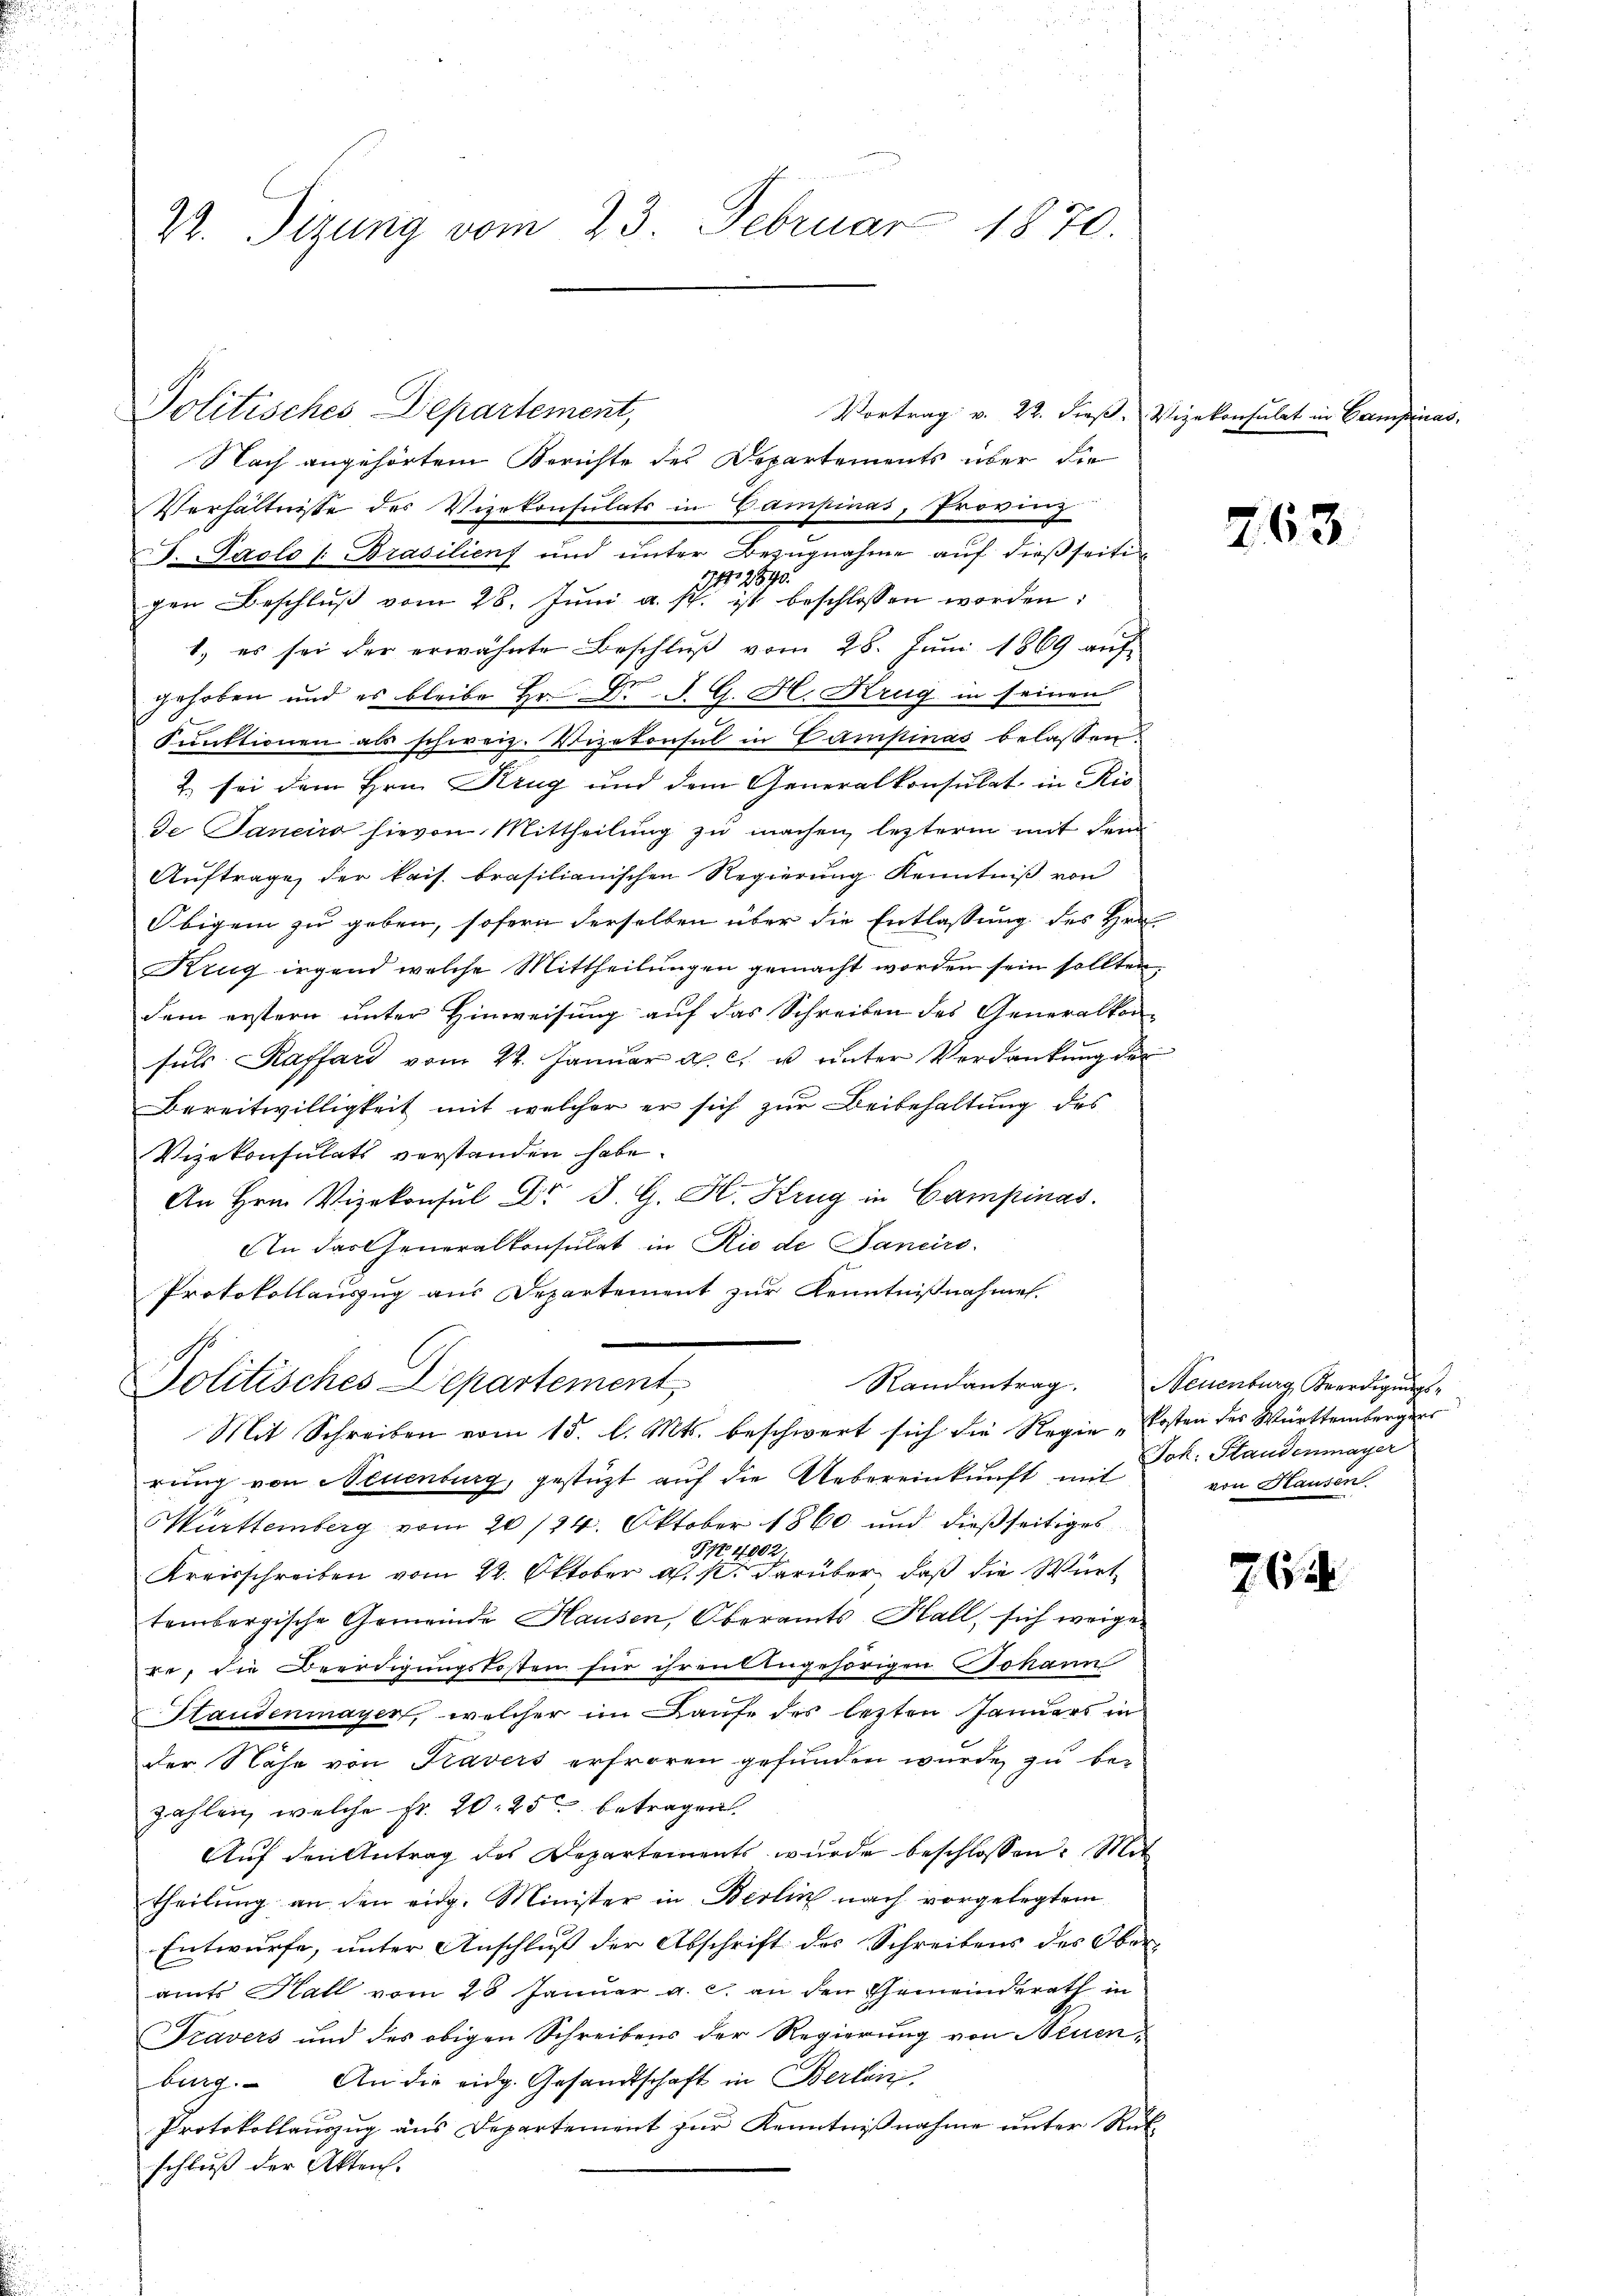
u

22. Tizung vom 23. Februar 1870.

Politisches Departement,
Vortrag v. 22. dieß, Vizekonsulat in Campinas,

Nach angehörtem Berichte des Departements über die
Verhältnisse des Vizekonsulats in Campinas, Provinz
F. Paolo /: Brasilienf und unter Bezŭgnahme auf dießseitig
No. 2890.
gen Beschlŭβ vom 28. Jŭni a. s. ist beschlossen worden:
1. es sei der erwähnte Beschlŭβ vom 28. Jŭni 1869 aŭf
gehoben und es bleibe Hr. Dr J. G. H. Krug in seinen
Funktionen als schweiz. Vizekonsul in Campinas belassen
2. sei dem Hrn. Krug und dem Generalkonsulat in Ris
de Janeiro hievon Mittheilung zu machen, lezterm mit dem
Auftrage der kais. brasilianischen Regierung Kenntniβ von
Obigem zu geben, sofern derselben über die Entlassung des Hrn.
Krug irgend welche Mittheilŭngen gemacht worden sein sollten,
dem erstern unter Hinweisung auf das Schreiben des Generalkon-
suls Kassard vom 22. Januar a. c. u unter Verdankung der
Bereitwilligkeit mit welcher er sich zur Beibehaltung des
Vizekonsulats verstanden habe.
An Hrn. Vizekonsul Dr. J. G. H. Krug in Campinas.
An das Generalkonsulat in Rio de Janeiro-
Protokollauszug aus Departement zur Kenntnißnahmen.
Politisches Departement
Mit Schreiben vom 15. l. Mts. beschwert sich die Regie-Kosten des Württembergers
rung von Neuenburg, gestützt auf die Uebereinkunft mit
Württemberg vom 20/24. Oktober 1860 und dießseitiges
NNo. 4902
Kreisschreiben vom 22. Oktober a. p. darüber, daß die Württembergische Gemeinde Hausen, Oberamts Hall, sich weigere, die Beerdigungskosten für ihren Angehörigen Johann
Staudenmayer, welcher im Laufe des lezten Januars in
der Nähe von Kavers erfroren gefunden wurde zu bezahlen, welche Fr. 20. 25 betragen.
Auf den Antrag des Departements wurde beschlossen: Mit
theilung an den eidg. Minister in Berlin nach vorgelegtem
Entwurfe, unter Anschluß der Abschrift des Schreibens des Oberamts Hall vom 28 Januar a. c. an den Gemeinderath in
Travers und des obigen Schreibens der Regierung von Neuenburg. An die eidg. Gesandtschaft in Berlin
Protokollauszug aus Departement zur Kenntnißnahme unter Rück
schluß der Akten.

263.

Randantrag. Neuenburg Beerdigŭngs-
Jok. Standenmayer
von Hausen

76. 21